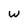
Character: W